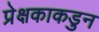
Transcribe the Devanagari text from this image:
प्रेक्षकाकडुन